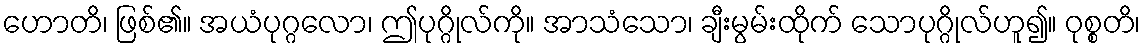
ဟောတိ၊ ဖြစ်၏။ အယံပုဂ္ဂလော၊ ဤပုဂ္ဂိုလ်ကို။ အာသံသော၊ ချီးမွမ်းထိုက် သောပုဂ္ဂိုလ်ဟူ၍။ ဝုစ္စတိ၊